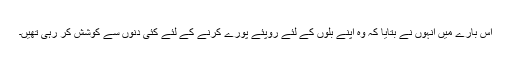
اس بارے میں انہوں نے بتایا کہ وہ اپنے بلوں کے لئے روپئے پورے کرنے کے لئے کئی دنوں سے کوشش کر رہی تھیں۔